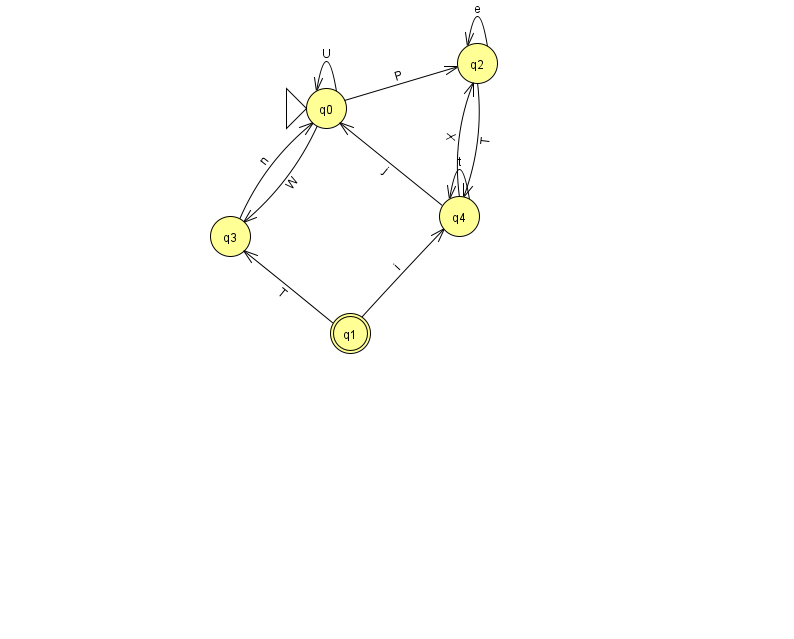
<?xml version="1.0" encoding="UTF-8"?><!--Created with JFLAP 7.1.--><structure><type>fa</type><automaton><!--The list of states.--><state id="0" name="q0"><x>326.0</x><y>95.0</y><initial/></state><state id="1" name="q1"><x>350.0</x><y>320.0</y><final/></state><state id="2" name="q2"><x>477.0</x><y>50.0</y></state><state id="3" name="q3"><x>230.0</x><y>223.0</y></state><state id="4" name="q4"><x>459.0</x><y>203.0</y></state><!--The list of transitions.--><transition><from>3</from><to>0</to><read>n</read></transition><transition><from>4</from><to>0</to><read>j</read></transition><transition><from>2</from><to>4</to><read>T</read></transition><transition><from>4</from><to>4</to><read>t</read></transition><transition><from>0</from><to>0</to><read>U</read></transition><transition><from>2</from><to>2</to><read>e</read></transition><transition><from>1</from><to>4</to><read>i</read></transition><transition><from>4</from><to>2</to><read>X</read></transition><transition><from>0</from><to>2</to><read>P</read></transition><transition><from>0</from><to>3</to><read>W</read></transition><transition><from>1</from><to>3</to><read>T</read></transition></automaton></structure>